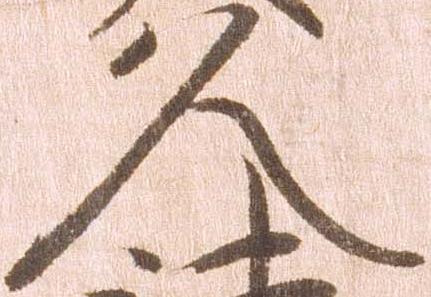
久